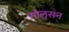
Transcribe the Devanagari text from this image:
सोलुसन